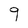
Character: 9